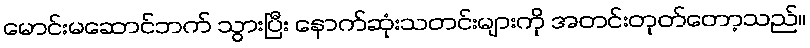
မောင်းမဆောင်ဘက် သွားပြီး နောက်ဆုံးသတင်းများကို အတင်းတုတ်တော့သည်။